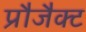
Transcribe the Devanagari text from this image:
प्रौजैक्ट